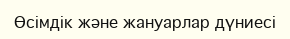
Өсімдік және жануарлар дүниесі